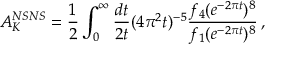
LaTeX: A _ { K } ^ { N S N S } = { \frac { 1 } { 2 } } \int _ { 0 } ^ { \infty } { \frac { d t } { 2 t } } ( 4 \pi ^ { 2 } t ) ^ { - 5 } { \frac { f _ { 4 } ( e ^ { - 2 \pi t } ) ^ { 8 } } { f _ { 1 } ( e ^ { - 2 \pi t } ) ^ { 8 } } } \, ,